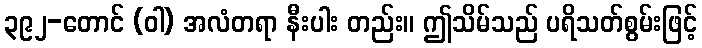
၃၉၂-တောင် (ဝါ) အလံတရာ နီးပါး တည်း။ ဤသိမ်သည် ပရိသတ်စွမ်းဖြင့်